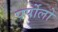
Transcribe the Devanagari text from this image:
पर्पोलो